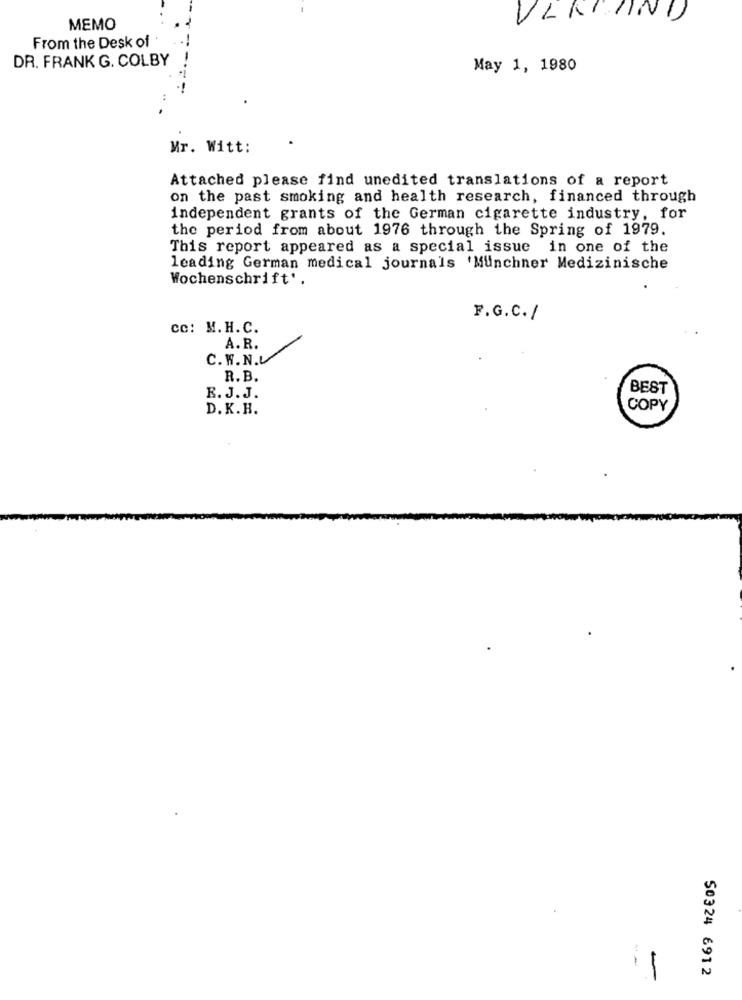
VLK AND
MEMO
From the Desk of
DR. FRANK G. COLBY
May 1, 1980
Mr. Witt:
Attached please find unedited translations of a report
on the past smoking and health research, financed through
independent grants of the German cigarette industry, for
the period from about 1976 through the Spring of 1979.
This report appeared as a special issue in one of the
leading German medical journals 'Münchner Medizinische
Wochenschrift'.
F.G.C. /
cc: M.H.C.
A.R.
C.W.N.L
R. B.
BEST
R. J. J.
D. K.H.
COPY
1
S0324 6912
-